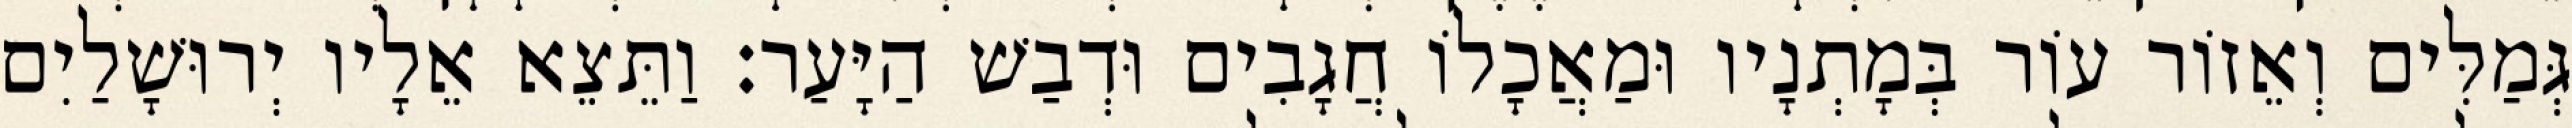
גְּמַלִּים וְאֵזוֹר עוֹר בְּמָתְנָיו וּמַאֲכָלוֹ חֲגָבִים וּדְבַשׁ הַיָּעַר׃ וַתֵּצֵא אֵלָיו יְרוּשָׁלַיִם